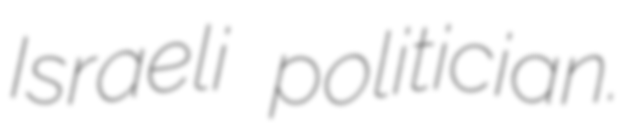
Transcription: Israeli politician.